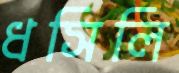
ধসিলি